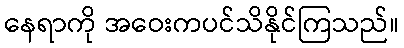
နေရာကို အဝေးကပင်သိနိုင်ကြသည်။